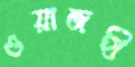
ওয়াজহী